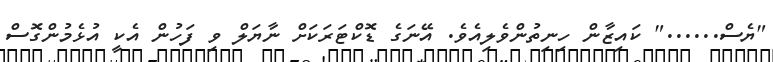
"ޔެސް......" ކައިޒާން ހިނިތުންވެލިއެވެ. އޭނަގެ ޑޮކްޓަރަކަށް ނާޔަލް ވި ފަހުން އެކީ އުޅެމުންގޮސް